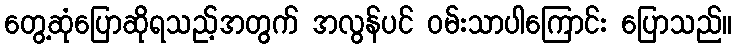
တွေ့ဆုံပြောဆိုရသည့်အတွက် အလွန်ပင် ဝမ်းသာပါကြောင်း ပြောသည်။